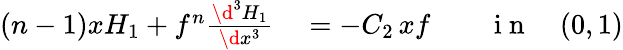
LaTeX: \begin{array}{rlrl}{(n-1)xH_{1}+f^{n}\frac{\d^{3}H_{1}}{\d x^{3}}}&{{}=-C_{2}\, xf}&{}&{{}\mathrm{~i~n~}\quad(0,1)}\end{array}